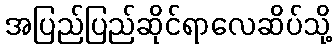
အပြည်ပြည်ဆိုင်ရာလေဆိပ်သို့